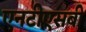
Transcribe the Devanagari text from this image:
एनटीएसबी